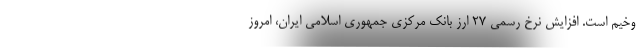
وخیم است. افزایش نرخ رسمی 27 ارز بانک مرکزی جمهوری اسلامی ایران، امروز